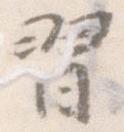
習